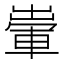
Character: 𨌗